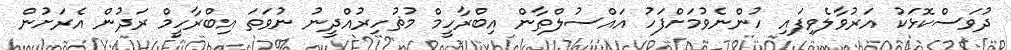
ދުވަސްކޮޅަކު އަރުވާލެވިފައި ހުންނެވުމަށްފަހު އައްސުލްޠާން އިބްރާހީމް މުޡުހިރުއްދީނު ނުވަތަ އިބްރާހީމް ރަދުން އެރަށުން